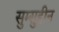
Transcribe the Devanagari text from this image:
सुम्सुद्दीन